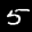
Label: 5